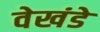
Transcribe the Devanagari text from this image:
वेखंडे